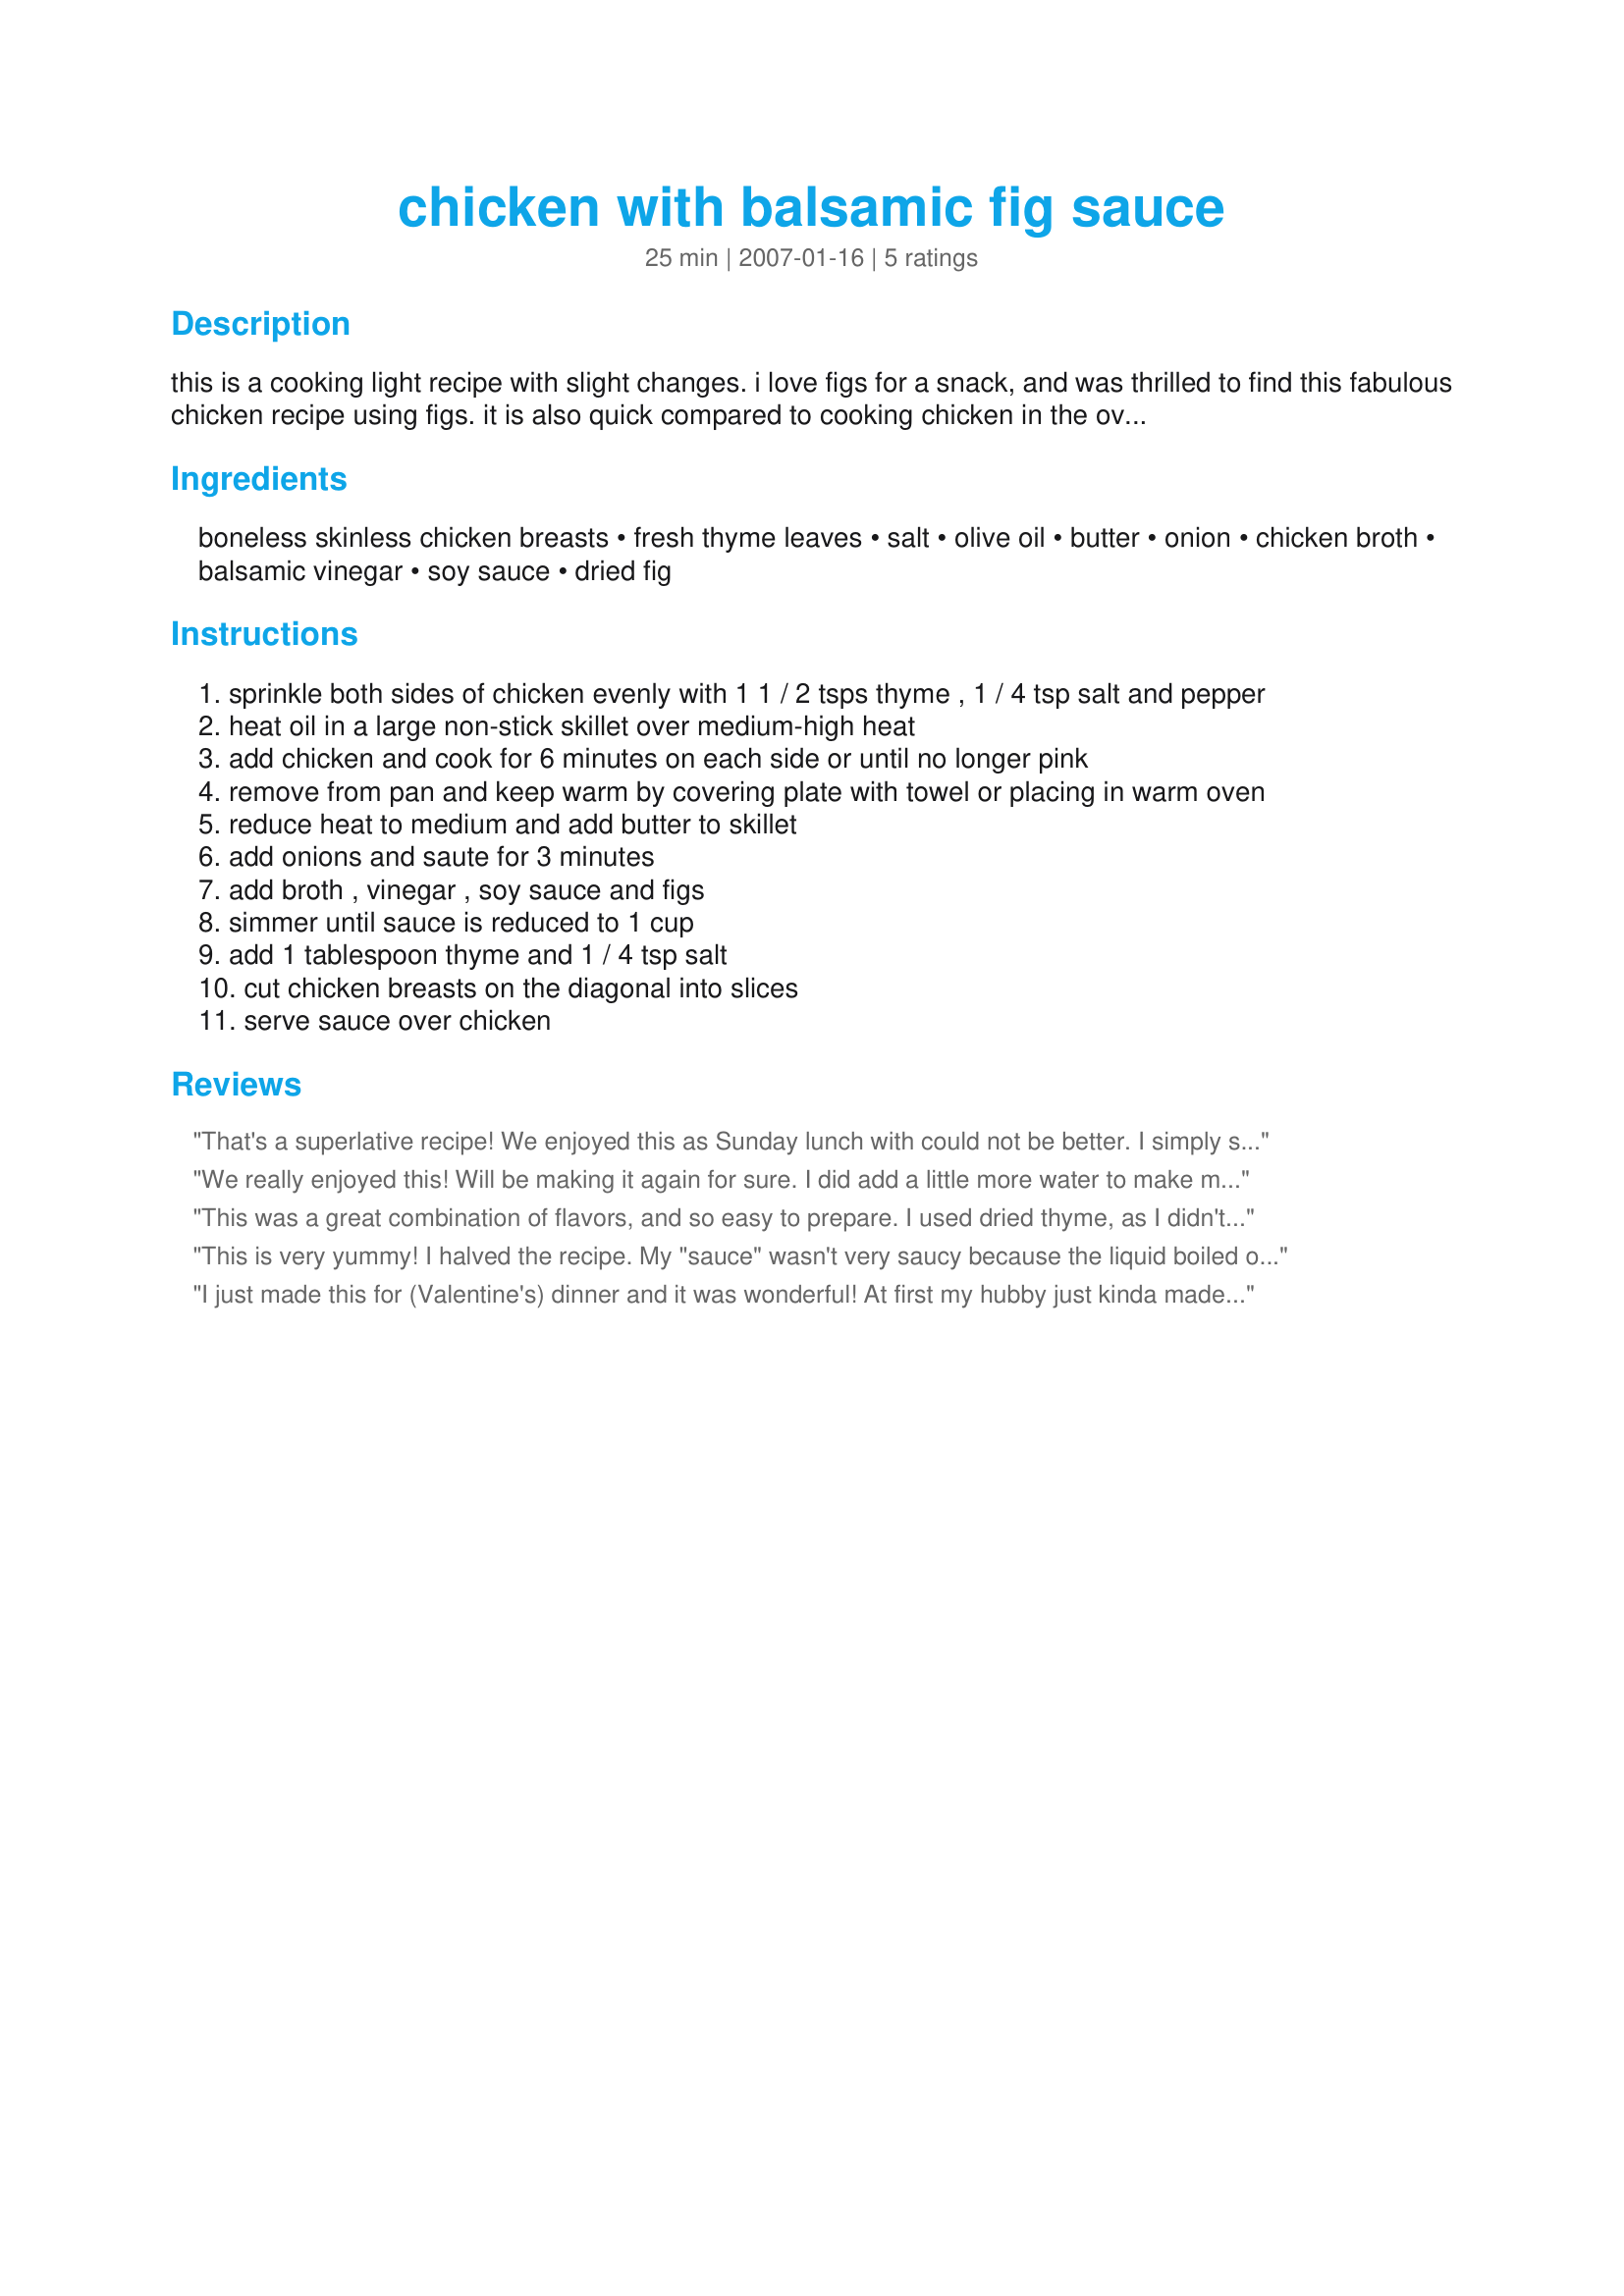
chicken with balsamic fig sauce
Preparation time: 25 minutes

this is a cooking light recipe with slight changes. i love figs for a snack, and was thrilled to find this fabulous chicken recipe using figs. it is also quick compared to cooking chicken in the oven. i'll definitely make this one again. fancy enough for a dinner party, easy enough for everyday.

Ingredients:
boneless skinless chicken breasts, fresh thyme leaves, salt, olive oil, butter, onion, chicken broth, balsamic vinegar, soy sauce, dried fig

Steps:
sprinkle both sides of chicken evenly with 1 1 / 2 tsps thyme , 1 / 4 tsp salt and pepper
heat oil in a large non-stick skillet over medium-high heat
add chicken and cook for 6 minutes on each side or until no longer pink
remove from pan and keep warm by covering plate with towel or placing in warm oven
reduce heat to medium and add butter to skillet
add onions and saute for 3 minutes
add broth , vinegar , soy sauce and figs
simmer until sauce is reduced to 1 cup
add 1 tablespoon thyme and 1 / 4 tsp salt
cut chicken breasts on the diagonal into slices
serve sauce over chicken

Reviews:
That's a superlative recipe! We enjoyed this as Sunday lunch with could not be better. I simply sliced the onions and quartered the figs and wow! what for great result, you made my family very happy with this completely new recipe! This recipe will be a keeper for sure!
We really enjoyed this! Will be making it again for sure. I did add a little more water to make more of a sauce.
This was a great combination of flavors, and so easy to prepare. I used dried thyme, as I didn't have any fresh. Will try it will fresh thyme next time!
This is very yummy! I halved the recipe. My "sauce" wasn't very saucy because the liquid boiled out in no time...probably because I was using a large pan and only half the recipe. It was still very flavorful and chutney like. I can imagine using raisins instead of figs as well. The fresh thyme is a nice touch. I used spray oil. Thank you for the recipe! Made for the went to the market game.
I just made this for (Valentine's) dinner and it was wonderful! At first my hubby just kinda made a face, but agreed to try it. He loved it and said it was very gourmet. I thought the flavors went great together and more importantly, it was pretty easy to make. Thank you for this recipe and God Bless.
